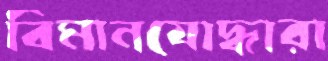
বিমানযোদ্ধারা